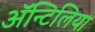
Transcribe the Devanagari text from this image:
अॅन्टिलिया